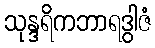
သုန္ဒရိကဘာရဒွါဇံ